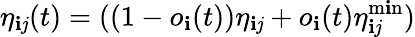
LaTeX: \eta_{\mathbf{i}\mathit{j}}(t)=((1-o_{\mathbf{i}}(t))\eta_{\mathbf{i}\mathit{j}}+o_{\mathbf{i}}(t)\eta_{\mathbf{i}\mathit{j}}^{\operatorname*{m\mathbf{i}n}})